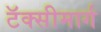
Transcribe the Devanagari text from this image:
टॅक्सीमार्ग